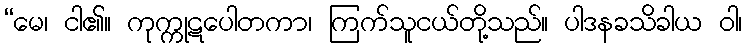
“မေ၊ ငါ၏။ ကုက္ကုဋပေါတကာ၊ ကြက်သူငယ်တို့သည်။ ပါဒနခသိခါယ ဝါ၊